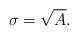
LaTeX: \begin{align*}\sigma = \sqrt{A}. \end{align*}